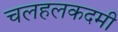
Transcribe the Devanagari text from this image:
चलहलकदमी